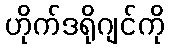
ဟိုက်ဒရိုဂျင်ကို